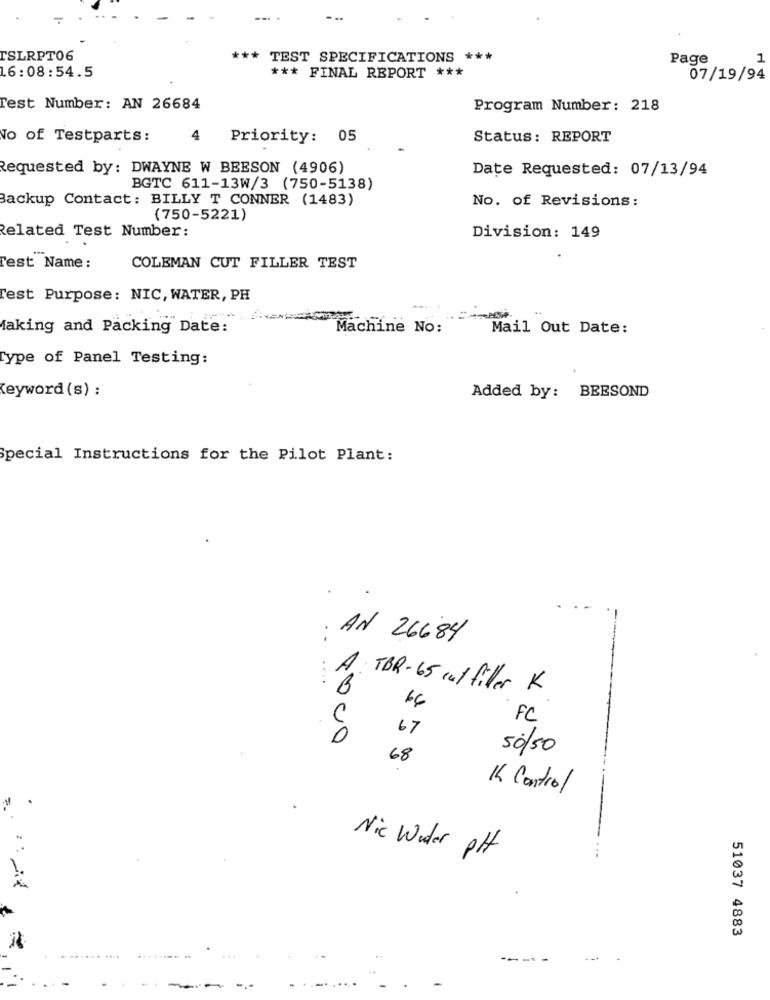
TSLRPT06
*** TEST SPECIFICATIONS ***
Page
1
16:08:54.5
*** FINAL REPORT ***
07/19/94
Test Number: AN 26684
Program Number: 218
No of Testparts:
Priority: 05
Status: REPORT
Requested by: DWAYNE W BEESON (4906)
Date Requested: 07/13/94
BGTC 611-13W/3 (750-5138)
Backup Contact: BILLY T CONNER (1483)
No. of Revisions:
(750-5221)
Related Test Number:
Division: 149
Test Name:
COLEMAN CUT FILLER TEST
Test Purpose: NIC, WATER, PH
faking and Packing Date:
Machine No:
Mail Out Date:
Type of Panel Testing:
Keyword (s) :
Added by: BEESOND
Special Instructions for the Pilot Plant:
. .
AN 26684
:
A TBR-65 cm/filler K
66
FC
67
1000
50/50
68
14 Control
Nic Wider pH
51037 4883